Vaccine operations Central Provinces & Berar 1922-1929 - 1922-1929
Year: 1922
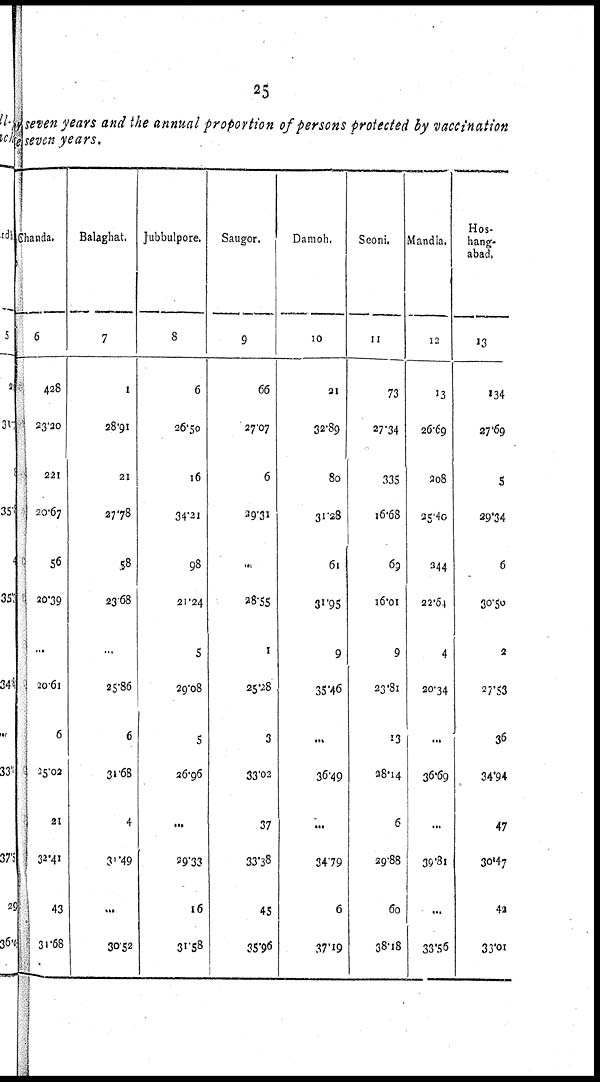
25
seven years and the annual proportion of persons protected by vaccination
seven years.
Chanda.
6
428
23.20
221
20.67
56
20.39
...
20.61
6
25.02
21
32.41
43
31.68
Balaghat.
7
1
28.91
21
27.78
58
23.68
...
25.86
6
31.68
4
31.49
...
30.52
Jubbulpore.
8
6
26.50
16
34.31
98
21.24
5
29.08
5
26.96
...
29.33
16
31.58
Saugor.
9
66
27.07
6
29.31
...
28.55
1
25.28
3
33.02
37
33.38
45
35.96
Damoh.
10
31
32.89
80
31.28
61
31.95
9
35.46
...
36.49
...
34.79
6
37.19
Seoni.
11
73
27.34
335
16.68
69
16.01
9
23.81
13
28.14
6
29.88
60
38.18
Mandla.
12
13
26.69
208
25.40
244
22.64
4
20.34
...
36.69
...
39.81
...
33.56
Hos¬
hang¬
abad¬
13
134
27.69
5
29.34
6
30.50
2
27.53
36
34.94
47
30.47
42
33.01